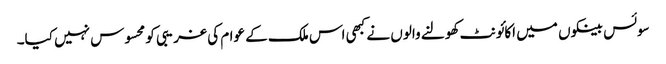
سوئس بینکوں میں اکائونٹ کھولنے والوں نے کبھی اس ملک کے عوام کی غریبی کو محسوس نہیں کیا۔